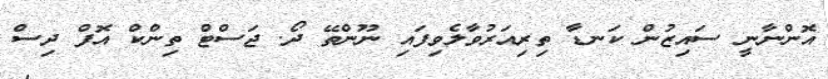
އޮންނާނީ ސަައިޒުން ކަނޑާ ތިރިއަރުވާލެވިފައި ނޫންތޭ ދޯ. ޖަސްޓް ތިންކް އޮފް ދިސް